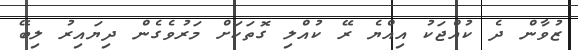
ޒުވާން ދެ ކުއްޖަކު އިއްޔެ ރޭ ކުއްލި ގޮތަކަށް މަރުވެގެން ދިޔައިރު ލިބޭ